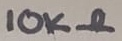
Text: 10KΩ